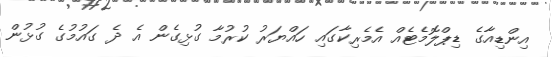
އިންޑިއާގެ ޑިޕްލޮމެޓެއް އެމެރިކާގައި ހައްޔަރު ކުރުމާ ގުޅިގެން އެ ދެ ގައުމުގެ ގުޅުން